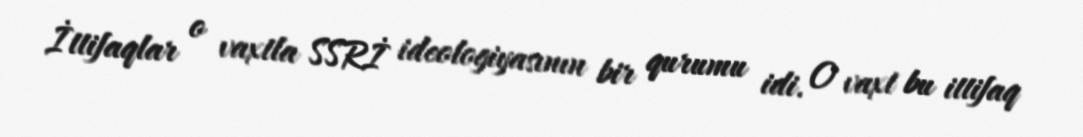
İttifaqlar o vaxtla SSRİ ideologiyasının bir qurumu idi. O vaxt bu ittifaq